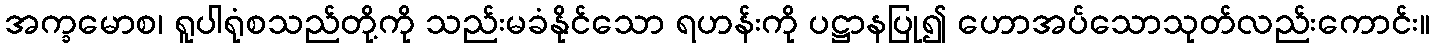
အက္ခမောစ၊ ရူပါရုံစသည်တို့ကို သည်းမခံနိုင်သော ရဟန်းကို ပဋ္ဌာနပြု၍ ဟောအပ်သောသုတ်လည်းကောင်း။